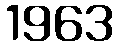
1963